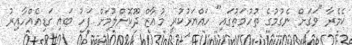
ކެމެރާ "ވަގަށް ނެގުމުގެ ތުހުމަތުގައި" ހައްޔަރުކުރީ މުއާޒް ދޫކޮށްލުމަށް ފަހު ބައި ގަޑިއެއްހާއިރު